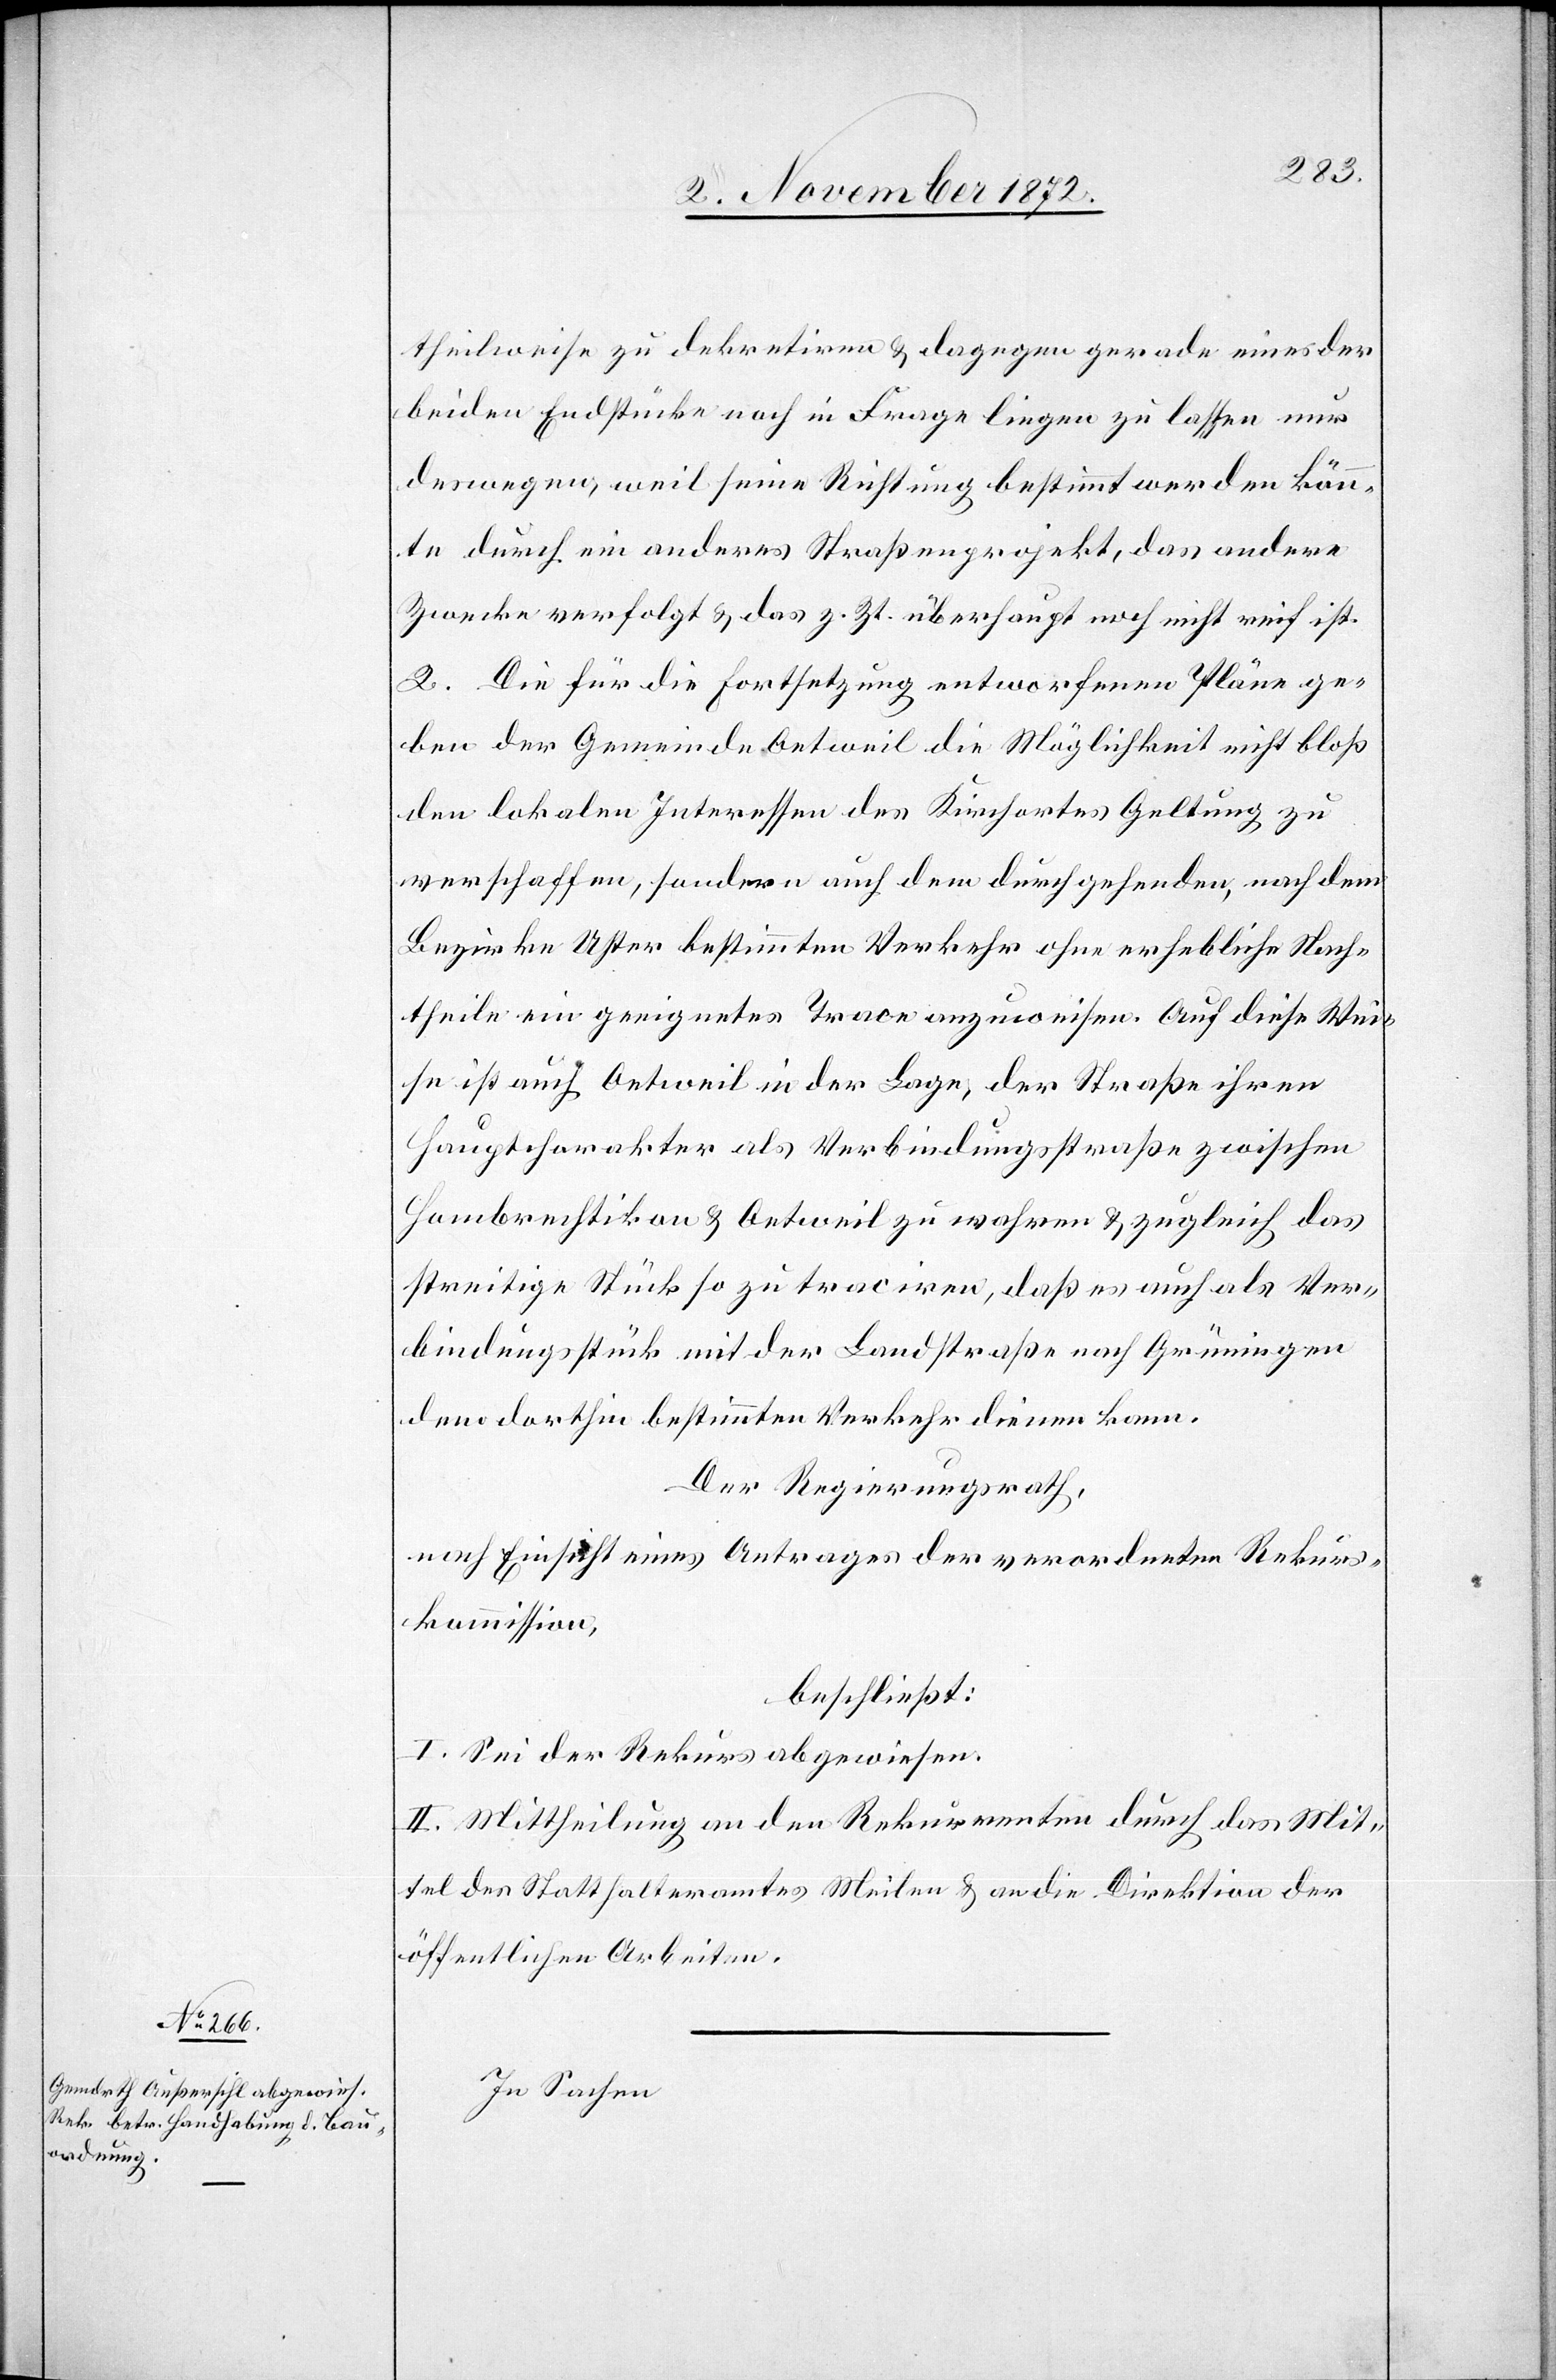
theilweise zu dekretiren u. dagegen gerade eines der
beiden Endstücke noch in Frage liegen zu lassen nur
deswegen, weil seine Richtung bestimmt werden könn¬
te durch ein anderes Straßenprojekt, das andere
Zwecke verfolgt u. das z. Zt. überhaupt noch nicht reif ist.
2. Die für die Fortsetzung entworfenen Pläne ge¬
ben der Gemeinde Oetweil die Möglichkeit nicht bloß
den lokalen Interessen des Kirchortes Geltung zu
verschaffen, sondern auch dem durchgehenden, nach dem
Bezirke Uster bestimmten Verkehr ohne erhebliche Nach¬
theile ein geeignetes Trace anzuweisen. Auf diese We¬
ise ist auch Oetweil in der Lage, der Straße ihren
Hauptcharakter als Verbindungsstraße zwischen
Hombrechtikon u. Oetweil zu wahren u. zugleich das
streitige Stück so zu traciren, daß es auch als Ver¬
bindungsstück mit der Landstraße nach Grüningen
dem dorthin bestimmten Verkehr dienen kann.
Der Regierungsrath,
nach Einsicht eines Antrages der verordneten Rekurs¬
kommission,
beschließt:
I. Sei der Rekurs abgewiesen.
II. Mittheilung an den Rekurrenten durch das Mit¬
tel des Statthalteramtes Meilen u. an die Direktion der
öffentlichen Arbeiten.
In Sachen